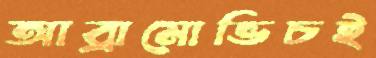
আব্রামোভিচই